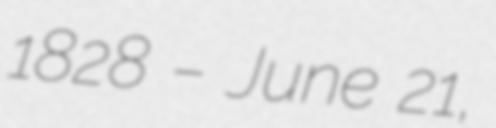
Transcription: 1828 – June 21,